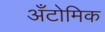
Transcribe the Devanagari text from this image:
अँटोमिक